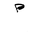
Letter: _mim